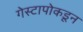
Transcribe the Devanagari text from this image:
गेस्टापोकडून